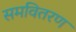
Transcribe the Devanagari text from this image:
समवितरण